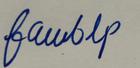
Signature authenticity: forged